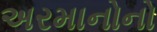
અરમાનોનો